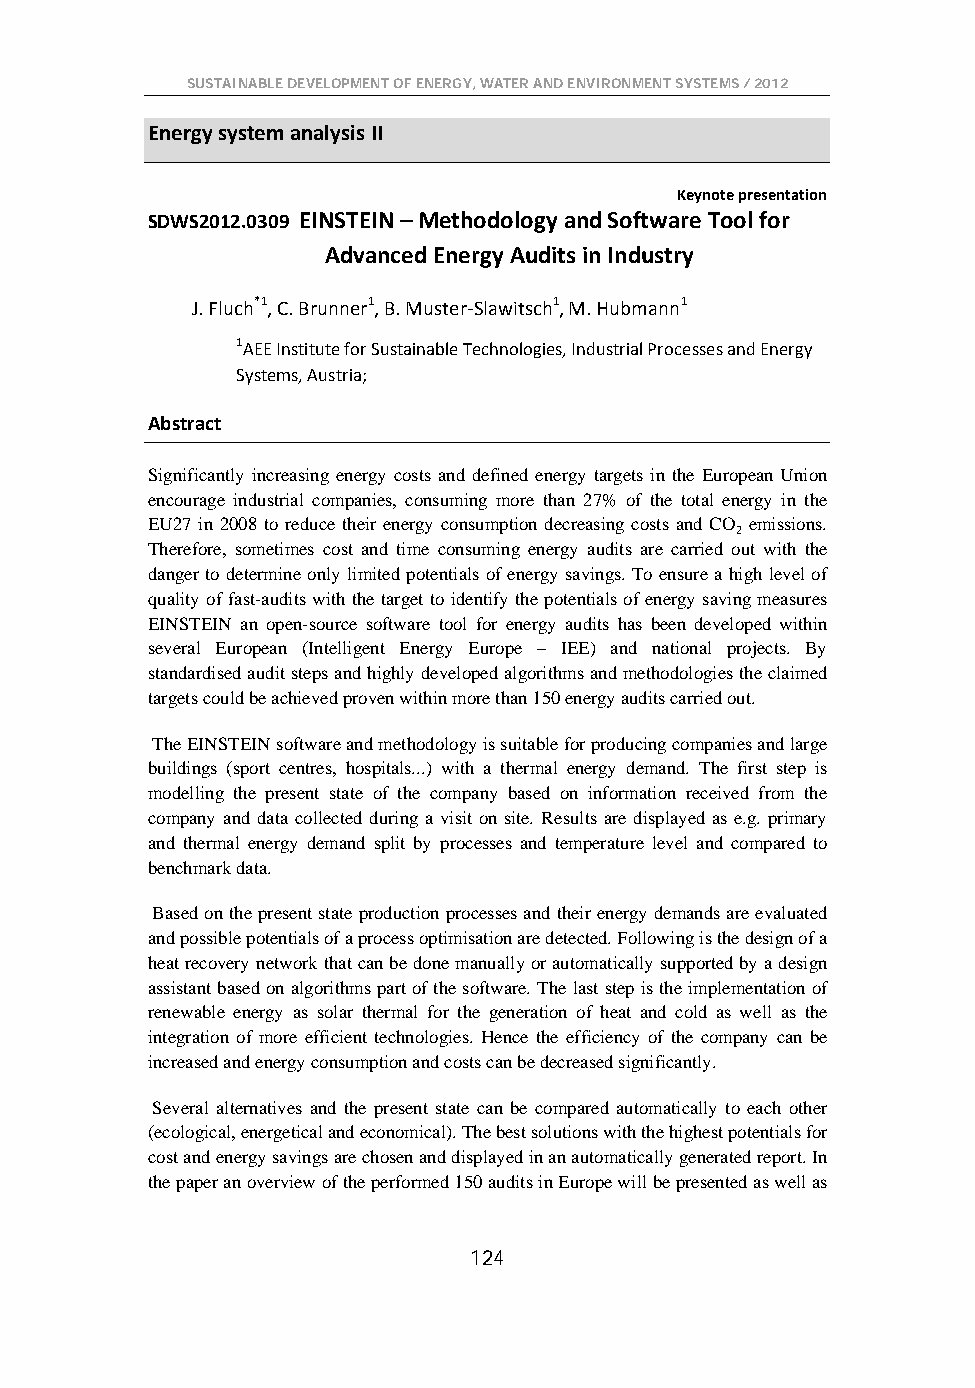
SUSTAINABLE DEVELOPMENT OF ENERGY, WATER AND ENVIRONMENT SYSTEMS / 2012
 Energy system analysis II
 Keynote presentation
 SDWS2012.0309 EINSTEIN – Methodology and Software Tool for
 Advanced Energy Audits in Industry
 J. Fluch*1, C. Brunner1, B. Muster-Slawitsch1, M. Hubmann1
 1AEE Institute for Sustainable Technologies, Industrial Processes and Energy
 Systems, Austria;
 Abstract
 Significantly increasing energy costs and defined energy targets in the European Union
 encourage industrial companies, consuming more than 27% of the total energy in the
 EU27 in 2008 to reduce their energy consumption decreasing costs and CO emissions.
 2
 Therefore, sometimes cost and time consuming energy audits are carried out with the
 danger to determine only limited potentials of energy savings. To ensure a high level of
 quality of fast-audits with the target to identify the potentials of energy saving measures
 EINSTEIN an open-source software tool for energy audits has been developed within
 several European (Intelligent Energy Europe – IEE) and national projects. By
 standardised audit steps and highly developed algorithms and methodologies the claimed
 targets could be achieved proven within more than 150 energy audits carried out.
 The EINSTEIN software and methodology is suitable for producing companies and large
 buildings (sport centres, hospitals...) with a thermal energy demand. The first step is
 modelling the present state of the company based on information received from the
 company and data collected during a visit on site. Results are displayed as e.g. primary
 and thermal energy demand split by processes and temperature level and compared to
 benchmark data.
 Based on the present state production processes and their energy demands are evaluated
 and possible potentials of a process optimisation are detected. Following is the design of a
 heat recovery network that can be done manually or automatically supported by a design
 assistant based on algorithms part of the software. The last step is the implementation of
 renewable energy as solar thermal for the generation of heat and cold as well as the
 integration of more efficient technologies. Hence the efficiency of the company can be
 increased and energy consumption and costs can be decreased significantly.
 Several alternatives and the present state can be compared automatically to each other
 (ecological, energetical and economical). The best solutions with the highest potentials for
 cost and energy savings are chosen and displayed in an automatically generated report. In
 the paper an overview of the performed 150 audits in Europe will be presented as well as
 124